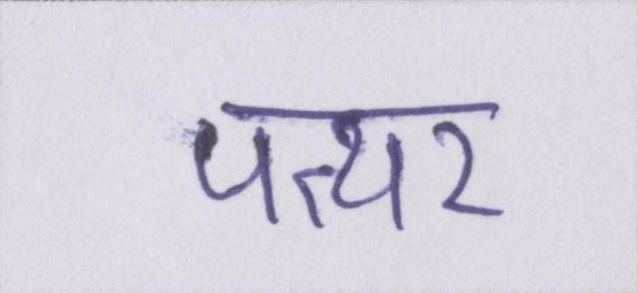
पत्थर